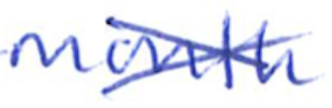
Text: month
Cross-out: cross
Writing tool: ballpoint